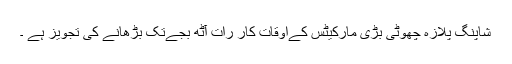
شاپنگ پلازہ چھوٹی بڑی مارکیٹس کےاوقات کار رات آٹھ بجےتک بڑھانے کی تجویز ہے ۔